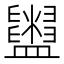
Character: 𥃜